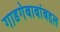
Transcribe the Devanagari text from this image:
गाडगेबाबांबद्दल